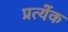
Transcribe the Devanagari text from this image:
प्रत्येंक